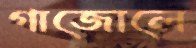
গাজোলে